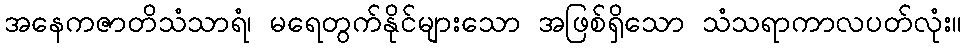
အနေကဇာတိသံသာရံ၊ မရေတွက်နိုင်များသော အဖြစ်ရှိသော သံသရာကာလပတ်လုံး။